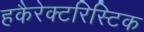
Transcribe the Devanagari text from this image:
हकैरेक्टरिस्टिक